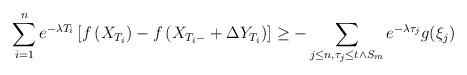
LaTeX: \begin{align*}\sum_{i=1}^ne^{-\lambda T_i}\left[f\left(X_{T_i}\right)-f\left(X_{T_i-}+\Delta Y_{T_i}\right)\right]\ge -\sum_{j\le n,\tau_j\le t\wedge S_m} e^{-\lambda\tau_j}g(\xi_j)\end{align*}